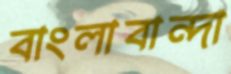
বাংলাবান্দা